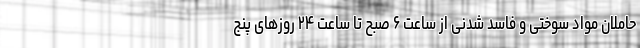
حاملان مواد سوختی و فاسد شدنی از ساعت ۶ صبح تا ساعت ۲۴ روزهای پنج